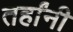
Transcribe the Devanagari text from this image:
तर्हांनी